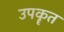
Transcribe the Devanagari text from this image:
उपकॄत